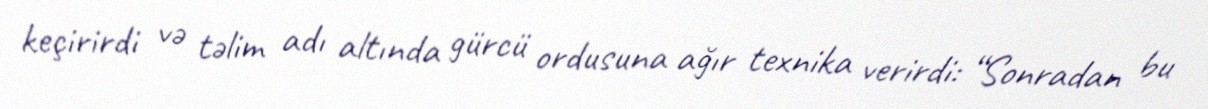
keçirirdi və təlim adı altında gürcü ordusuna ağır texnika verirdi: “Sonradan bu